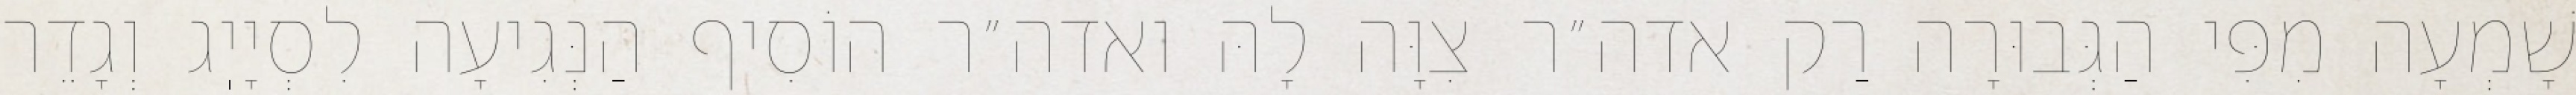
שָׁמְעָה מִפִּי הַגְּבוּרָה רַק אדה״ר צִוָּה לָהּ ואדה״ר הוֹסִיף הַנְּגִיעָה לִסְיָיֽג וְגָדֵר